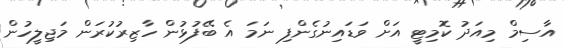
އާސިމް މިއަދު ކޮމިޓީ އަށް ވަޑައިނުގެންފި ނަމަ އެ ބޭފުޅުން ހާޒިރުކުރަން މަޖިލީހުން